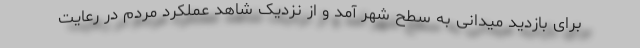
برای بازدید میدانی به سطح شهر آمد و از نزدیک شاهد عملکرد مردم در رعایت